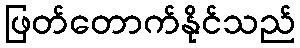
ဖြတ်တောက်နိုင်သည်